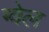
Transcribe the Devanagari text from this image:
ग्वेल